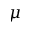
\mu